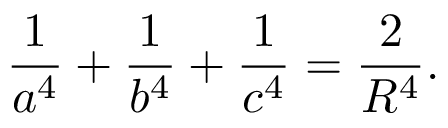
{ \frac { 1 } { a ^ { 4 } } } + { \frac { 1 } { b ^ { 4 } } } + { \frac { 1 } { c ^ { 4 } } } = { \frac { 2 } { R ^ { 4 } } } .